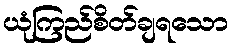
ယုံကြည်စိတ်ချရသော